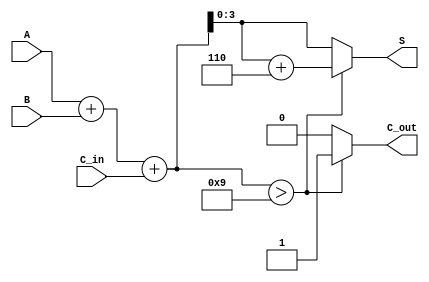
module BCD_Fast_Adder (
    input  wire [3:0] A,       // First BCD digit
    input  wire [3:0] B,       // Second BCD digit
    input  wire       C_in,     // Carry input
    output reg  [3:0] S,        // BCD sum output
    output reg       C_out       // Carry output
);

    // Internal wires for binary sum and correction
    wire [4:0] S_bin;           // 5-bit sum to accommodate carry
    wire correction_needed;      // Flag to check if correction is needed

    // Step 1: Binary addition
    assign S_bin = A + B + C_in;

    // Step 2: Check for BCD correction
    assign correction_needed = (S_bin > 4'd9);

    // Step 3: Generate the outputs
    always @(*) begin
        if (correction_needed) begin
            S = S_bin + 4'd6;     // Apply correction
            C_out = 1'b1;         // Set carry out
        end else begin
            S = S_bin[3:0];       // No correction needed
            C_out = 1'b0;         // No carry out
        end
    end

endmodule